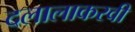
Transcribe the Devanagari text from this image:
दलालाकरवी